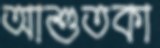
আশুতকা